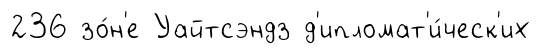
236 зо́н'е Уайтсэндз д'ипломат'и́ческ'их